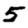
Digit: 5